Annual administration report of the Civil Veterinary Department, Sind - 1943-1944
Year: 1943
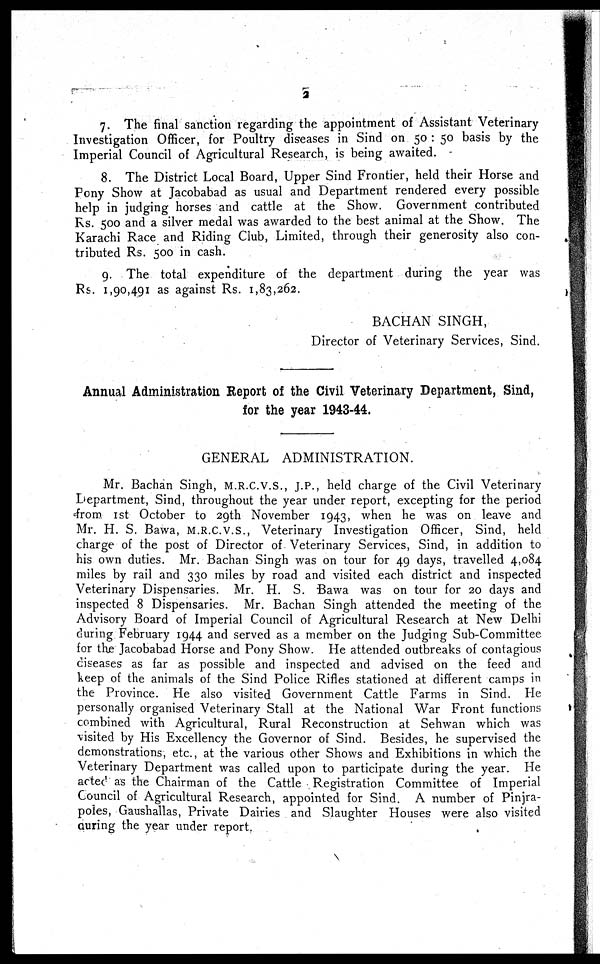
2
7. The final sanction regarding the appointment of Assistant Veterinary
Investigation Officer, for Poultry diseases in Sind on 50 : 50 basis by the
Imperial Council of Agricultural Research, is being awaited.
8. The District Local Board, Upper Sind Frontier, held their Horse and
Pony Show at Jacobabad as usual and Department rendered every possible
help in judging horses and cattle at the Show. Government contributed
Rs. 500 and a silver medal was awarded to the best animal at the Show. The
Karachi Race and Riding Club, Limited, through their generosity also con-
tributed Rs. 500 in cash.
9. The total expenditure of the department during the year was
Rs. 1,90,491 as against Rs. 1,83,262.
BACHAN SINGH,
Director of Veterinary Services, Sind.
Annual Administration Report of the Civil Veterinary Department, Sind,
for the year 1943-44.
GENERAL ADMINISTRATION.
Mr. Bachan Singh, M.R.C.V.S., J.P., held charge of the Civil Veterinary
Department, Sind, throughout the year under report, excepting for the period
from 1st October to 29th November 1943, when he was on leave and
Mr. H. S. Bawa, M.R.C.V.S., Veterinary Investigation Officer, Sind, held
charge of the post of Director of Veterinary Services, Sind, in addition to
his own duties. Mr. Bachan Singh was on tour for 49 days, travelled 4,084
miles by rail and 330 miles by road and visited each district and inspected
Veterinary Dispensaries. Mr. H. S. Bawa was on tour for 20 days and
inspected 8 Dispensaries. Mr. Bachan Singh attended the meeting of the
Advisory Board of Imperial Council of Agricultural Research at New Delhi
during February 1944 and served as a member on the Judging Sub-Committee
for the Jacobabad Horse and Pony Show. He attended outbreaks of contagious
diseases as far as possible and inspected and advised on the feed and
keep of the animals of the Sind Police Rifles stationed at different camps in
the Province. He also visited Government Cattle Farms in Sind. He
personally organised Veterinary Stall at the National War Front functions
combined with Agricultural, Rural Reconstruction at Sehwan which was
visited by His Excellency the Governor of Sind. Besides, he supervised the
demonstrations, etc., at the various other Shows and Exhibitions in which the
Veterinary Department was called upon to participate during the year. He
acted as the Chairman of the Cattle Registration Committee of Imperial
Council of Agricultural Research, appointed for Sind. A number of Pinjra-
poles, Gaushallas, Private Dairies and Slaughter Houses were also visited
during the year under report.